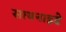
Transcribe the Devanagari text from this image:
सायनाइडे